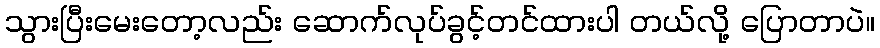
သွားပြီးမေးတော့လည်း ဆောက်လုပ်ခွင့်တင်ထားပါ တယ်လို့ ပြောတာပဲ။